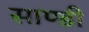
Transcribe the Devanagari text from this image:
साण्‍डी